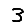
Digit: 3